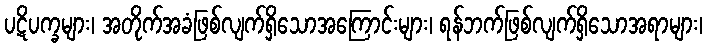
ပဋိပက္ခများ၊ အတိုက်အခံဖြစ်လျက်ရှိသောအကြောင်းများ၊ ရန်ဘက်ဖြစ်လျက်ရှိသောအရာများ၊